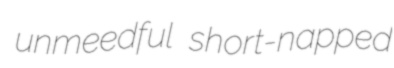
unmeedful short-napped